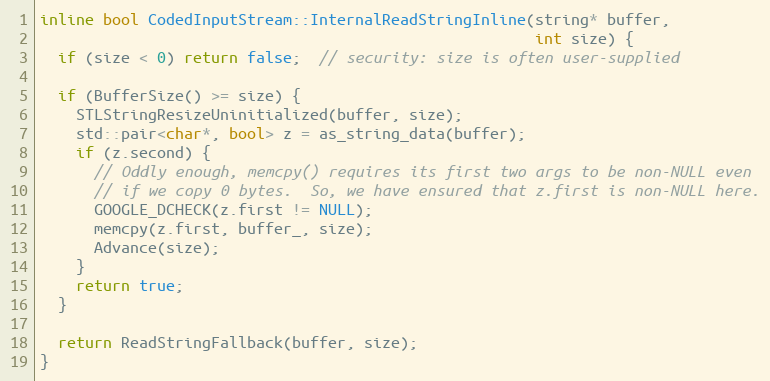
Language: C
inline bool CodedInputStream::InternalReadStringInline(string* buffer,
                                                       int size) {
  if (size < 0) return false;  // security: size is often user-supplied

  if (BufferSize() >= size) {
    STLStringResizeUninitialized(buffer, size);
    std::pair<char*, bool> z = as_string_data(buffer);
    if (z.second) {
      // Oddly enough, memcpy() requires its first two args to be non-NULL even
      // if we copy 0 bytes.  So, we have ensured that z.first is non-NULL here.
      GOOGLE_DCHECK(z.first != NULL);
      memcpy(z.first, buffer_, size);
      Advance(size);
    }
    return true;
  }

  return ReadStringFallback(buffer, size);
}